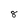
Character: 8